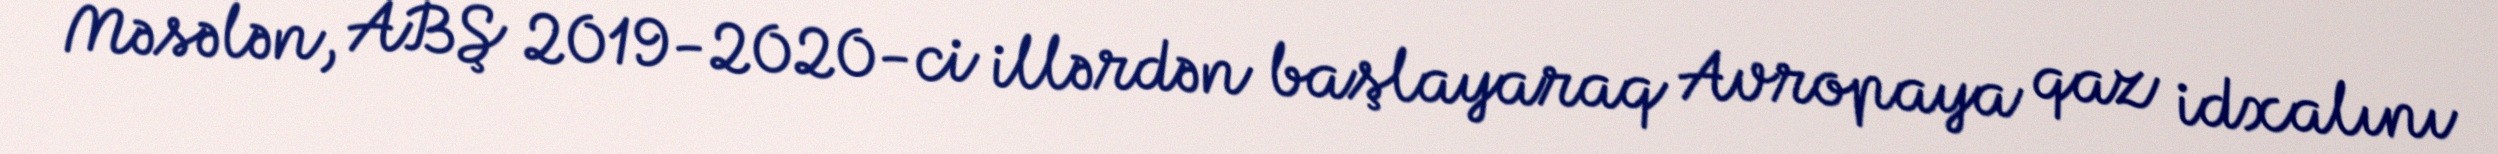
Məsələn, ABŞ 2019-2020-ci illərdən başlayaraq Avropaya qaz idxalını